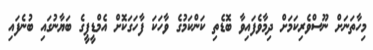
މިހާތަނަށް ނޫސްވެރިކަމަށް ދިމާވެފައިވާ ބޮޑެތި ކަންކަމުގެ ވާހަކަ ފާހަގަކޮށް އެމްޑީޕީގެ ބަޔާނުގައި ބުނެފައި